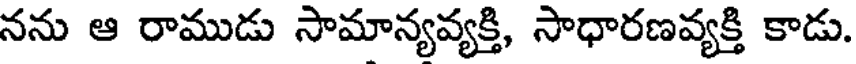
నను ఆ రాముడు సామాన్యవ్యక్తి, సాధారణవ్యక్తి కాడు.